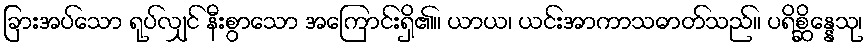
ခြားအပ်သော ရုပ်လျှင် နီးစွာသော အကြောင်းရှိ၏။ ယာယ၊ ယင်းအာကာသဓာတ်သည်။ ပရိစ္ဆိန္နေသု၊